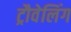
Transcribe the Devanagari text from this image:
ट्रौवेलिंग